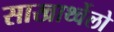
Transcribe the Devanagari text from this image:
साखार्थ्वेलो